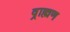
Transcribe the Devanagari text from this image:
व्राह्मण